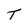
Character: T